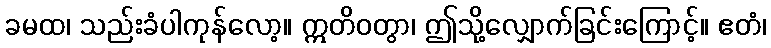
ခမထ၊ သည်းခံပါကုန်လော့။ ဣတိဝတွာ၊ ဤသို့လျှောက်ခြင်းကြောင့်။ ဧတံ၊